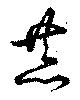
恭